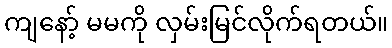
ကျနော့် မမကို လှမ်းမြင်လိုက်ရတယ်။